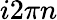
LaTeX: i2\pi n